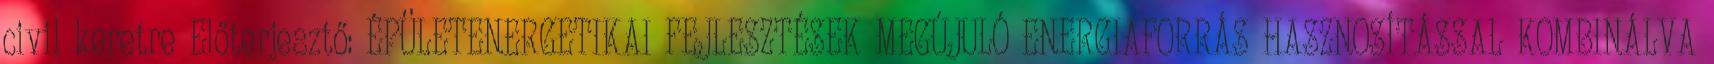
civil keretre Előterjesztő: ÉPÜLETENERGETIKAI FEJLESZTÉSEK MEGÚJULÓ ENERGIAFORRÁS HASZNOSÍTÁSSAL KOMBINÁLVA